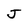
Character: J